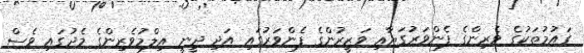
ގައުމުތަކުގެ ވެރިންގެ ފެންވަރުގަޔާއި ވަޒީރުންގެ ފެންވަރުގައި އަދި ދީނީ އިލްމުވެރިންގެ މެދުގައި ވެސް